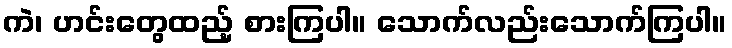
ကဲ၊ ဟင်းတွေထည့် စားကြပါ။ သောက်လည်းသောက်ကြပါ။